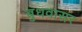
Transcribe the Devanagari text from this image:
बुधवासर